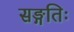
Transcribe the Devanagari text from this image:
सङ्गतिः